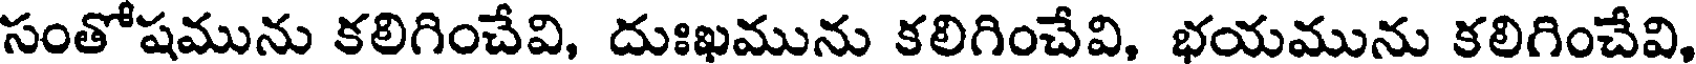
సంతోషమును కలిగించేవి, దుఃఖమును కలిగించేవి, భయమును కలిగించేవి,